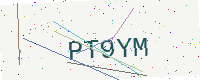
Text: PT9YM